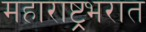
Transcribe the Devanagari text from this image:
महाराष्ट्रभरात